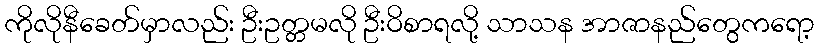
ကိုလိုနီခေတ်မှာလည်း ဦးဥတ္တမလို ဦးဝိစာရလို့ သာသန အာဇာနည်တွေကရော့